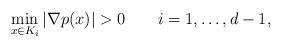
LaTeX: \begin{align*} \min\limits_{x \in K_i} |\nabla p(x)| > 0\qquad i= 1,\dots,d-1, \end{align*}